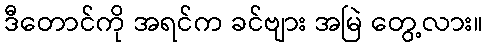
ဒီတောင်ကို အရင်က ခင်ဗျား အမြဲ တွေ့လား။